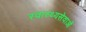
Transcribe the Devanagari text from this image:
स्वास्थ्यसेवाओं